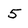
Character: 5